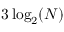
3 \log _ { 2 } ( N )